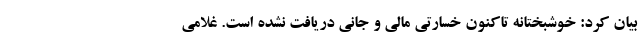
بیان کرد: خوشبختانه تاکنون خسارتی مالی و جانی دریافت نشده است. غلامی